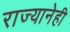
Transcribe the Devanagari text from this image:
राज्यानेही